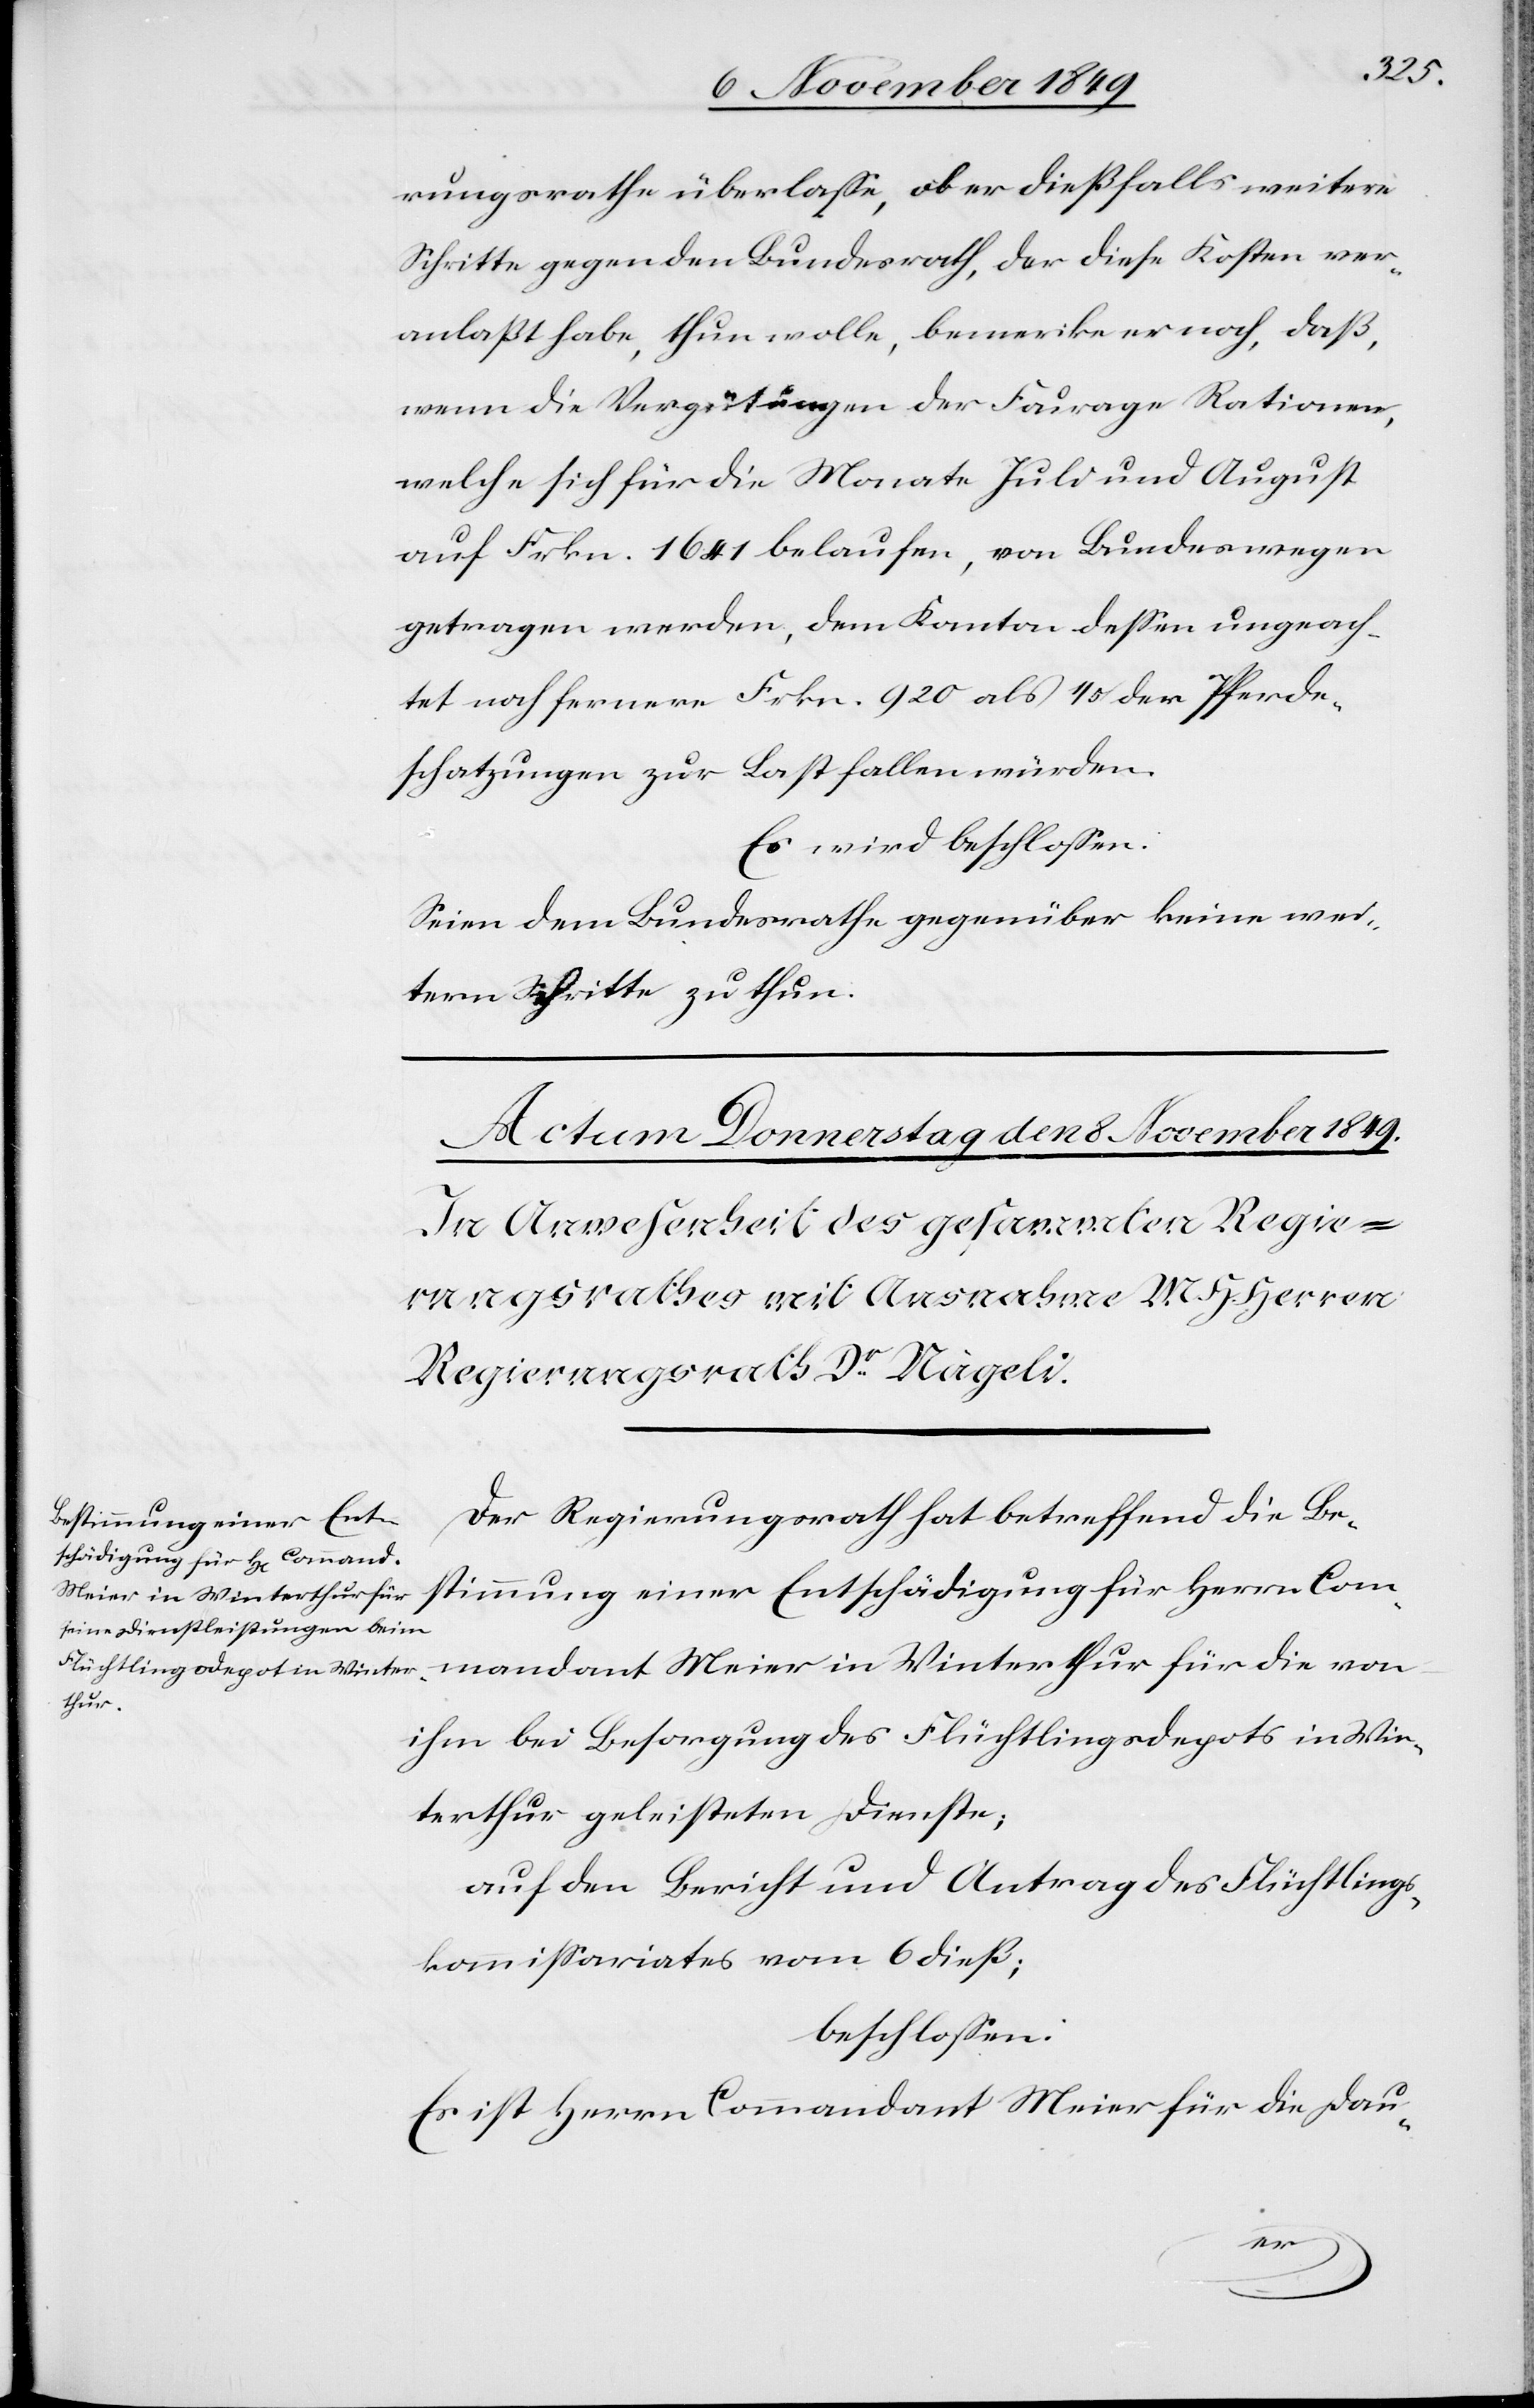
rungsrathe überlaße, ob er dießfalls weitere
Schritte gegen den Bundesrath, der diese Kosten ver¬
anlaßt habe, thun wolle, bemerke er noch, daß,
wenn die Vergütungen der Fourage Rationen,
welche sich für die Monate Juli und August
auf Frkn. 1641 belaufen, von Bundeswegen
getragen werden, dem Kanton deßen ungeach¬
tet noch fernere Frkn. 920 als 1/5 der Pferde¬
schatzungen zur Last fallen würden.
Es wird beschloßen:
Seien dem Bundesrathe gegenüber keine wei¬
tern Schritte zu thun.
Der Regierungsrath hat betreffend die Be¬
stimmung einer Entschädigung für Herrn Com¬
Meier in Winterthur für
von
ihm bei Besorgung des Flüchtlingsdepots in Win¬
terthur geleisteten Dienste;
auf den Bericht und Antrag des Flüchtlings¬
kommißariates vom 6 dieß;
beschloßen:
Es ist Herrn Commandant Meier für die Dau-